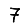
Digit: 7